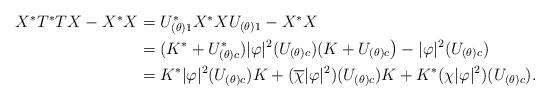
LaTeX: \begin{align*}\begin{aligned}X^\ast T^\ast TX-X^\ast X&=U_{(\theta)1}^\ast X^\ast X U_{(\theta)1}-X^\ast X \\&= (K^\ast+U_{(\theta)c}^\ast)|\varphi|^2(U_{(\theta)c})(K+U_{(\theta)c}\bigr)-|\varphi|^2(U_{(\theta)c})\\&=K^\ast|\varphi|^2(U_{(\theta)c})K+(\overline\chi|\varphi|^2)(U_{(\theta)c})K+K^\ast(\chi|\varphi|^2)(U_{(\theta)c}). \end{aligned}\end{align*}